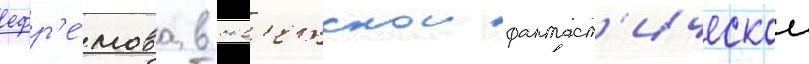
ефр'е́мова в сов'етскои фантаст'ическои